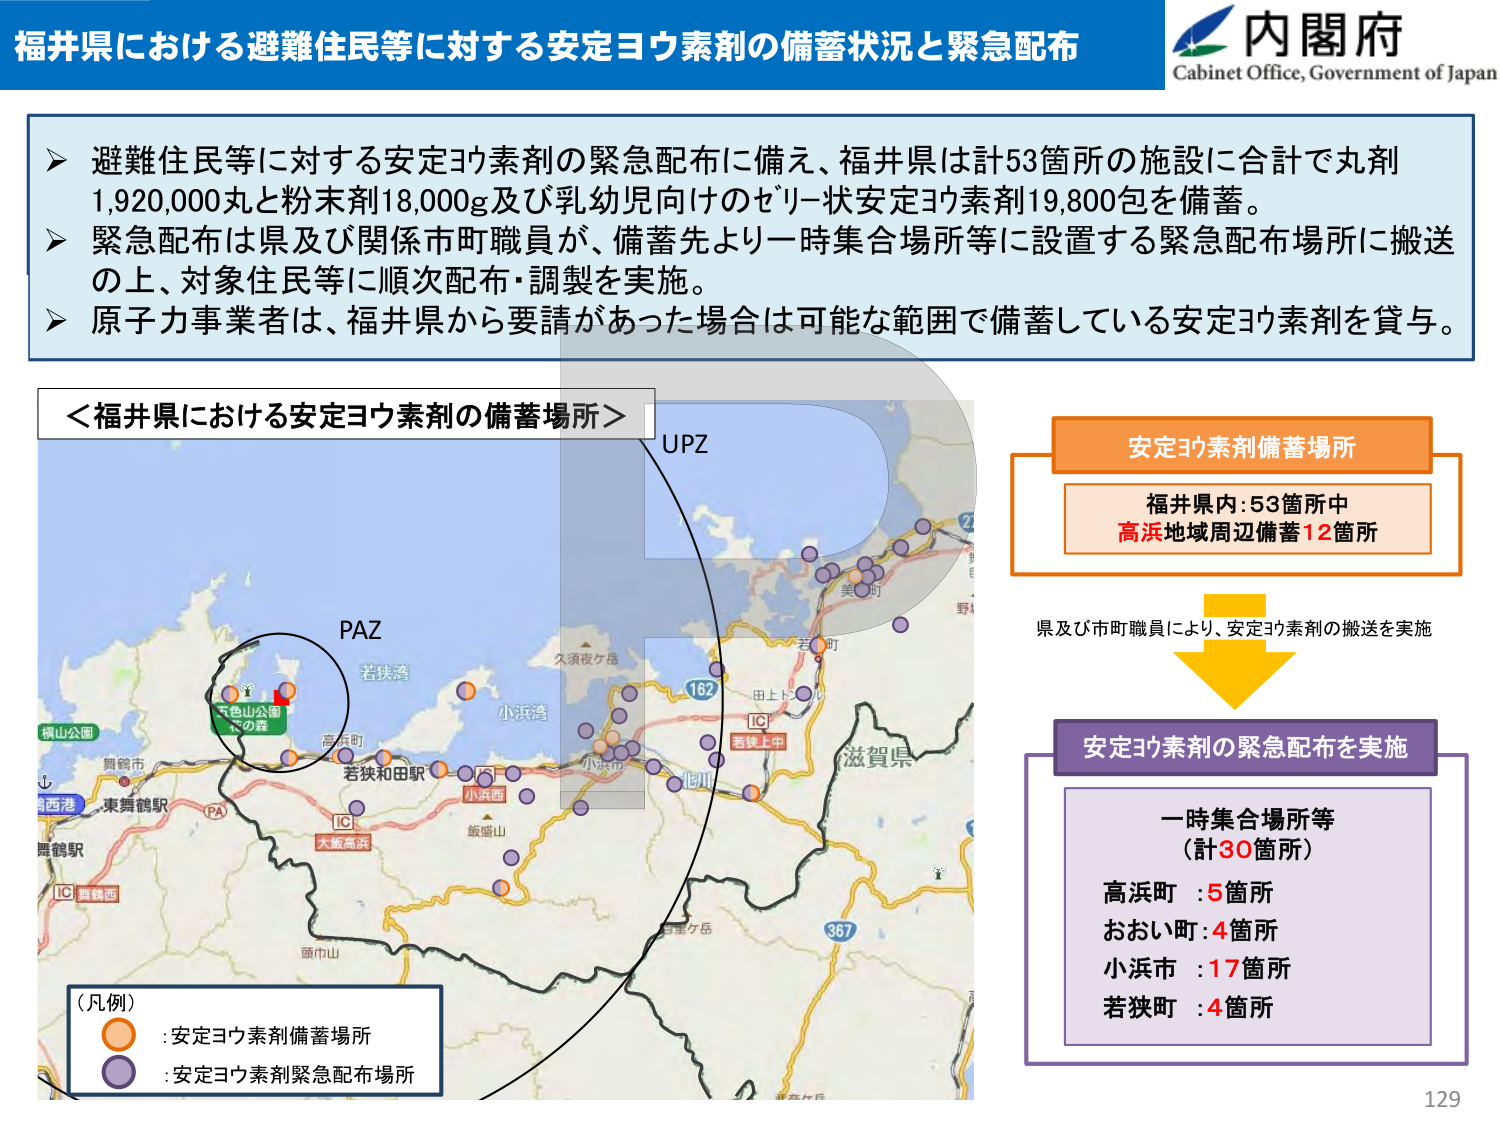
福井県における避難住民等に対する安定ヨウ素剤の備蓄状況と緊急配布
内閣府
Cabinet Office, Government of Japan
➤ 避難住民等に対する安定ヨウ素剤の緊急配布に備え、福井県は計53箇所の施設に合計で丸剤1,920,000丸と粉末剤18,000g及び乳幼児向けのゼリー状安定ヨウ素剤19,800包を備蓄。
➤ 緊急配布は県及び関係市町職員が、備蓄先より一時集合場所等に設置する緊急配布場所に搬送の上、対象住民等に順次配布・調製を実施。
➤ 原子力事業者は、福井県から要請があった場合は可能な範囲で備蓄している安定ヨウ素剤を貸与。
＜福井県における安定ヨウ素剤の備蓄場所＞
UPZ
PAZ
若狭湾
小浜湾
五色山公園
への森
高浜町
若狭和田駅
小浜西
飯盛山
久須夜ケ岳
田上トンネル
若狭上中
滋賀県
367
舞鶴市
東舞鶴駅
大飯高浜
頭巾山
（凡例）
:安定ヨウ素剤備蓄場所
:安定ヨウ素剤緊急配布場所
安定ヨウ素剤備蓄場所
福井県内:53箇所中
高浜地域周辺備蓄12箇所
県及び市町職員により、安定ヨウ素剤の搬送を実施
安定ヨウ素剤の緊急配布を実施
一時集合場所等
（計30箇所）
高浜町 :5箇所
おおい町:4箇所
小浜市 :17箇所
若狭町 :4箇所
129